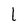
Character: 1